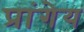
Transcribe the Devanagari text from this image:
प्रांगेय